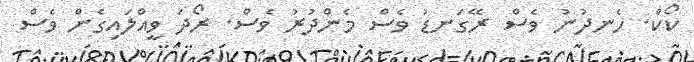
ކޯކް. ހެނދުނު ވެސް ރޭގަނޑު ވެސް މެންދުރު ވެސް. ރޯދަ ވީއްލައިގެން ވެސް